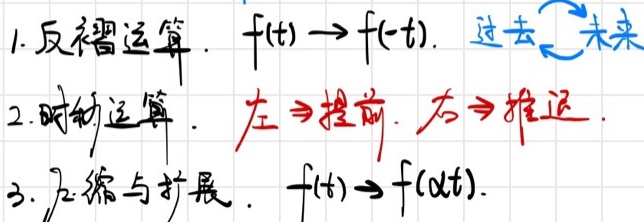
1. 反褶运算：\(f(t)\to f(-t)\)，过去\(\rightleftarrows\)未来。
2. 时移运算：左\(\Rightarrow\)提前，右\(\Rightarrow\)推迟。
3. 压缩与扩展：\(f(t)\to f(\alpha t)\)。